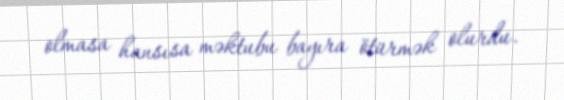
olmasa hansısa məktubu bayıra ötürmək olurdu.